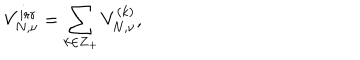
V _ { N , \nu } ^ { i r r } = \sum _ { k \in { \bf Z } _ { + } } V _ { N , \nu } ^ { ( k ) } ,